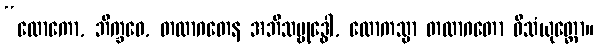
“လောကော, ဘိက္ခဝေ, တထာဂတေန အဘိသမ္ဗုဒ္ဓေါ, လောကသ္မာ တထာဂတော ဝိသံယုတ္တော။